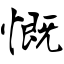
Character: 慨